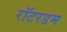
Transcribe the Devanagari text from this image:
रॉटरडम